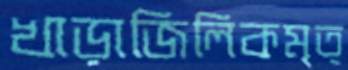
খাড়াজিলিকমৃত্